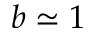
b \simeq 1